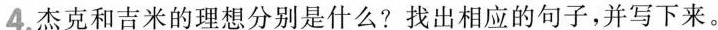
4.杰克和吉米的理想分别是什么?找出相应的句子，并写下来。